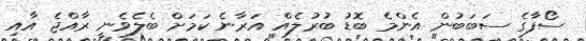
ސޯފާގެ ސަބަބުން އެންމެ ބޮޑު ބުރުލެއް އަރާނެ ކަމަށް ބެލެވެނީ ރާއްޖެ އާއި